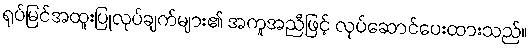
ရုပ်မြင်အထူးပြုလုပ်ချက်များ၏ အကူအညီဖြင့် လုပ်ဆောင်ပေးထားသည်။